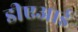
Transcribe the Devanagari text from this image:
डीएआई